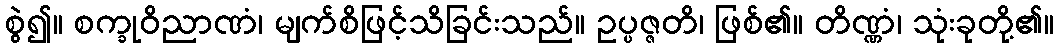
စွဲ၍။ စက္ခုဝိညာဏံ၊ မျက်စိဖြင့်သိခြင်းသည်။ ဥပ္ပဇ္ဇတိ၊ ဖြစ်၏။ တိဏ္ဏံ၊ သုံးခုတို့၏။